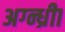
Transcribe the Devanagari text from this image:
अग्न्ध्रीा